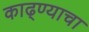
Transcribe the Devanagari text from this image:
काढ्ण्याचा